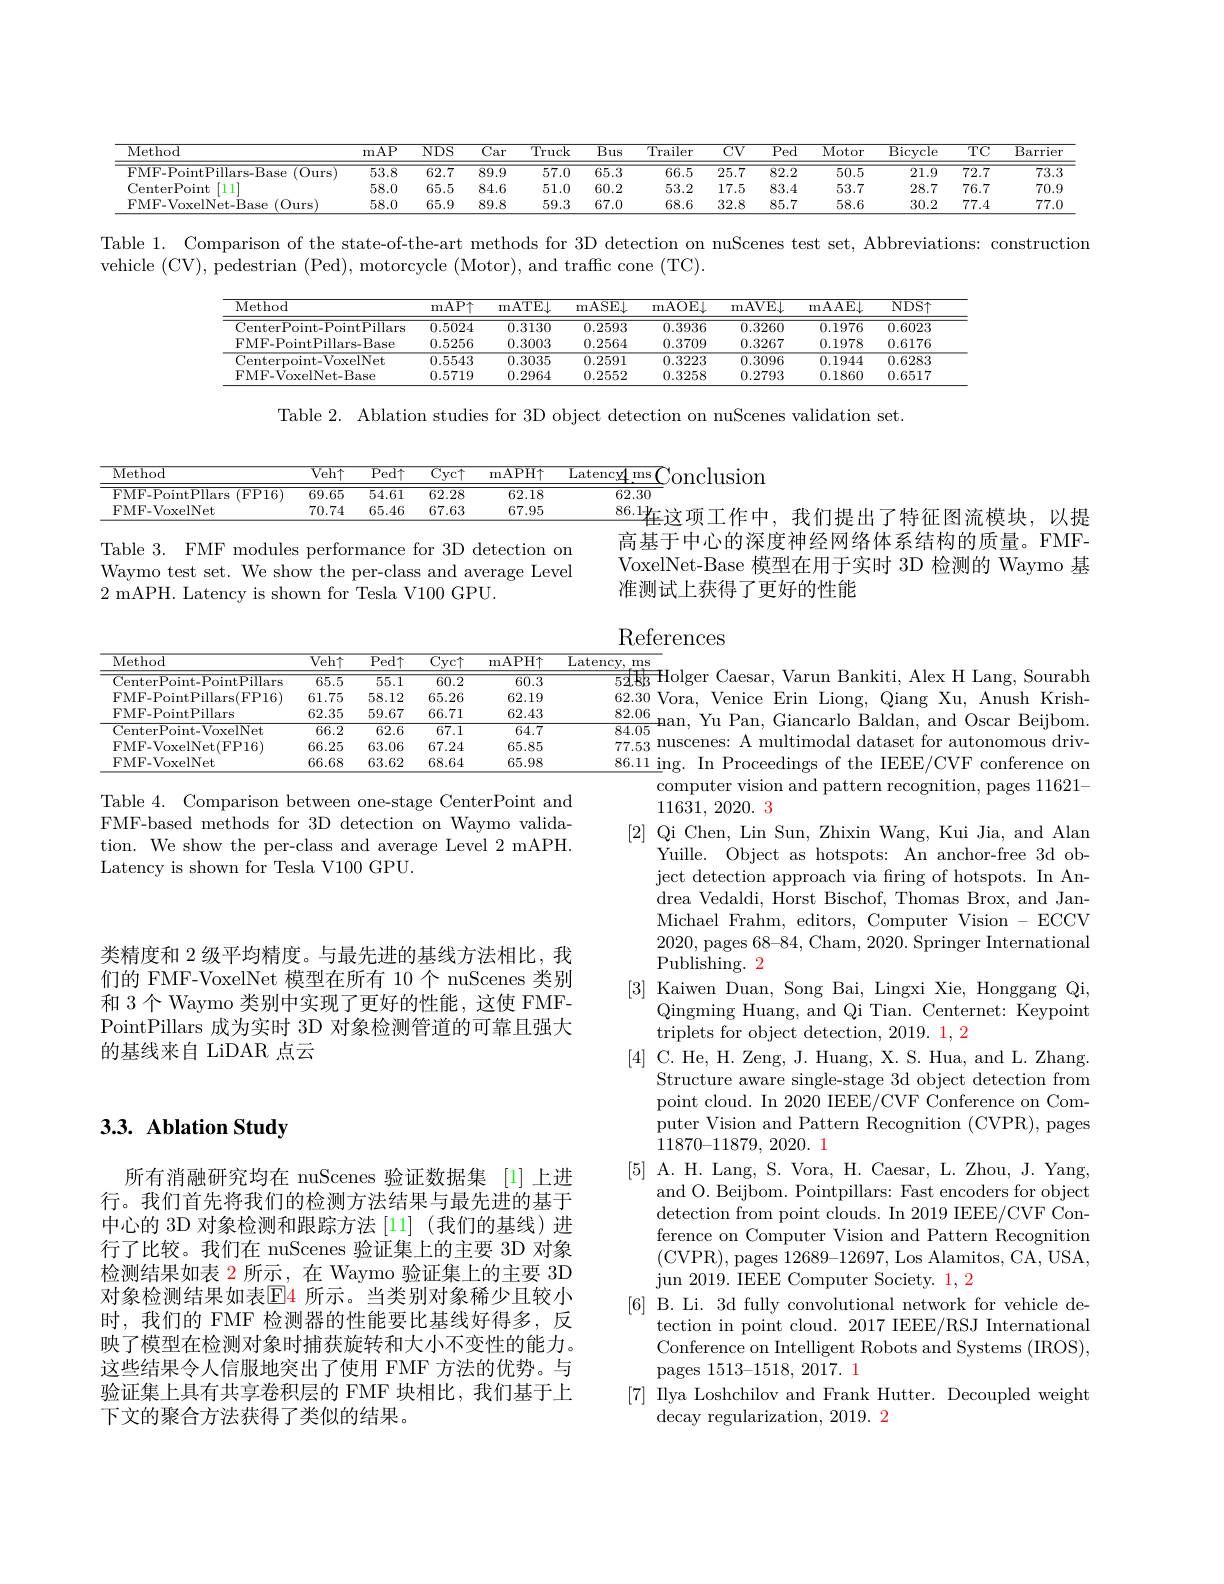
<table>
	<tbody>
		<tr>
			<th>Method</th>
			<th>mAP</th>
			<th>$NDS$</th>
			<th>$\overline{\text{Car}}$</th>
			<th>$\overline{\mathrm{Truck}}$</th>
			<th>Bus $\overline{\mathrm{T}}$</th>
			<th>$\overline{CV}$</th>
			<th>$\overline{\mathrm{Ped}}$</th>
			<th>Motor</th>
			<th>$\overline{{\mathrm{Bicycle}}}$</th>
			<th>$\overline{\mathrm{TC}}$</th>
			<th>$\overline{{\text{Barrier}}}$</th>
		</tr>
		<tr>
			<td>FMF-PointPillars-Base (0urs)</td>
			<td>53.8</td>
			<td>62.7</td>
			<td>89.9</td>
			<td>57.0</td>
			<td>$\overline{\text{ز}5.3}$</td>
			<td>25.7</td>
			<td>82.2</td>
			<td>50.5</td>
			<td>21.9</td>
			<td>72.7</td>
			<td>$\overline{73.3}$</td>
		</tr>
		<tr>
			<td>CenterPoint $[111^{\prime}]$</td>
			<td>58.0</td>
			<td>65.5</td>
			<td>84.6</td>
			<td>51.0</td>
			<td>j0. 2</td>
			<td>17.5</td>
			<td>83.4</td>
			<td>53.7</td>
			<td>28.7</td>
			<td>76.7</td>
			<td>70.9</td>
		</tr>
		<tr>
			<td>FMF-VoxelNet-Base $(0_{\mathrm{urs}})$</td>
			<td>58.0</td>
			<td>65.9</td>
			<td>89.8</td>
			<td>59.3</td>
			<td>$j7.0$</td>
			<td>32.8</td>
			<td>85.7</td>
			<td>58.6</td>
			<td>30.2</td>
			<td>77.4</td>
			<td>77.0</td>
		</tr>
	</tbody>
</table>

Table 1. Comparison of the state-of-the-art methods for 3D detection on nuScenes test set, Abbreviations: construction

vehicle (CV), pedestrian (Ped),motorcycle (Motor),and traffc cone (TC).

<table>
	<tbody>
		<tr>
			<th> </th>
			<th>Method</th>
			<th>${\overline{\mathrm{mAP}\uparrow}}$</th>
			<th>$\overline{\mathrm{mATE\bot}}$</th>
			<th>${\overline{{\mathrm{nASE}}}}$</th>
			<th>$\overline{\mathrm{mAOE\bot}}$</th>
			<th>mAVE</th>
			<th>$\overline{\mathrm{VE}\downarrow}$ m</th>
			<th>$\overline{\mathrm{NDS}\uparrow}$</th>
			<th>十</th>
		</tr>
		<tr>
			<td> </td>
			<td>$\overline{\mathrm{CenterPoint-PointPillars}}$</td>
			<td>0.5024</td>
			<td>0.3130</td>
			<td>0.2593</td>
			<td>0.3936</td>
			<td>0.326</td>
			<td>3260</td>
			<td>0.6023</td>
			<td>3</td>
		</tr>
		<tr>
			<td> </td>
			<td>FMF-PointPillars-Base</td>
			<td>0.5256</td>
			<td>0.3003</td>
			<td>0.2564</td>
			<td>0.3709</td>
			<td>0.326</td>
			<td>3267</td>
			<td>0.6176</td>
			<td>6</td>
		</tr>
		<tr>
			<td> </td>
			<td>Centerpoint-VoxelNet</td>
			<td>0.5543</td>
			<td>0.3035</td>
			<td>0.2591</td>
			<td>0.3223</td>
			<td>0.309</td>
			<td>3096</td>
			<td>0.6283</td>
			<td>$\overline{3}$</td>
		</tr>
		<tr>
			<td> </td>
			<td>FMF-VoxelNet-Base</td>
			<td>0.5719</td>
			<td>0.2964</td>
			<td>0.2552</td>
			<td>0.3258</td>
			<td>0.279</td>
			<td>2793</td>
			<td>0.6517</td>
			<td>7</td>
		</tr>
	</tbody>
</table>

Table 2. Ablation studies for 3D object detection on nuScenes validation set.

<table>
	<tbody>
		<tr>
			<th>Method</th>
			<th>$\overline{\text{Veh}\uparrow}$</th>
			<th>$\overline{\mathrm{Ped}\uparrow}$</th>
			<th>$\overline{\mathrm{Cyc}\uparrow}$</th>
			<th>${\mathrm{mAPH}\uparrow}$</th>
			<th>Latency ms</th>
		</tr>
		<tr>
			<td>$\overline{{\mathrm{FMF-PointPllars}}}$ $\overline{(\mathrm{FP16})}$</td>
			<td>69.65</td>
			<td>54.61</td>
			<td>62.28</td>
			<td>62.18</td>
			<td>62.30</td>
		</tr>
		<tr>
			<td>FMF-VoxelNet</td>
			<td>70.74</td>
			<td>65.46</td>
			<td>67.63</td>
			<td>67.95</td>
			<td>86.14 面下作</td>
		</tr>
	</tbody>
</table>

我们提出了特征图流模块.以摄
高基于中心的深度神经网络体系结构的质量。FMFVoxelNet-Base 模型在用于实时 3D 检测的 Waymo 基准测试上获得了更好的性能

Table 3. FMF modules performance for 3D detection on Waymo test set. We show the per-class and average Level 2 mAPH. Latency is shown for Tesla V100 GPU.

# References
<table>
	<tbody>
		<tr>
			<th>$\overline{\mathrm{Method}}$</th>
			<th>$\overline{\text{Veh}\uparrow}$</th>
			<th>$\overline{\mathrm{Ped}\uparrow}$</th>
			<th>$\overline{\mathrm{Cyc}\uparrow}$</th>
			<th>${\mathrm{mAPH}}\uparrow$</th>
			<th>Latency, ms</th>
		</tr>
		<tr>
			<td>$\overline{\mathrm{CenterPoint-PointPillars}}$</td>
			<td>$\overline{65.5}$</td>
			<td>55.1</td>
			<td>60.2</td>
			<td>60.3</td>
			<td>52.83 0lger</td>
		</tr>
		<tr>
			<td>FMF-PointPillars(FP16)</td>
			<td>61.75</td>
			<td>58.12</td>
			<td>65.26</td>
			<td>62.19</td>
			<td>$Vora$, VeI 62.30</td>
		</tr>
		<tr>
			<td>FMF-PointPillars</td>
			<td>62.35</td>
			<td>59.67</td>
			<td>66.71</td>
			<td>62.43</td>
			<td>82.06</td>
		</tr>
		<tr>
			<td>$\overline{\mathrm{CenterPoint-VoxelNet}}$</td>
			<td>66.2</td>
			<td>62.6</td>
			<td>67.1</td>
			<td>64.7</td>
			<td>84.05</td>
		</tr>
		<tr>
			<td>FMF-VoxelNet(FP16)</td>
			<td>66.25</td>
			<td>63.06</td>
			<td>67.24</td>
			<td>65.85</td>
			<td>nuscenes: 77.53</td>
		</tr>
		<tr>
			<td>FMF-VoxelNet</td>
			<td>66.68</td>
			<td>63.62</td>
			<td>68.64</td>
			<td>65.98</td>
			<td>86.11 ing In 1.</td>
		</tr>
	</tbody>
</table>

Table 4. Comparison between one-stage CenterPoint and FMF-based methods for 3D detection on Waymo validation. We show the per-class and average Level 2 mAPH. Latency is shown for Tesla V100 GPU.

类精度和 2 级平均精度。与最先进的基线方法相比，我们的 FMF-VoxelNet 模型在所有 10 个 nuScenes 类别和 3 个 Waymo 类别中实现了更好的性能，这使 FMFPointPillars 成为实时 3D 对象检测管道的可靠且强大的基线来自 LiDAR 点云

Varun Bankiti, Alex H Lang, Sourabh Erin Liong, Qiang Xu, Anush KrishGiancarlo Baldan, and Oscar Beijbom
A multimodal dataset for autonomous drivProceedings of the IEEE/CVF conference or
computer vision and pattern recognition, pages 11621-
11631,2020.3
[2] Qi Chen, Lin Sun, Zhixin Wang, Kui Jia, and Alan
Yuille. Object as hotspots: An anchor-free 3d object detection approach via fring of hotspots. In Andrea Vedaldi, Horst Bischof, Thomas Brox, and JanMichael Frahm, editors, Computer Vision - ECCV 2020, pages 68-84, Cham, 2020. Springer International Publishing. 2
[3] Kaiwen Duan, Song Bai, Lingxi Xie, Honggang Qi,
Qingming Huang, and Qi Tian. Centernet: Keypoint
triplets for object detection, 2019. 1, 2
[4] C. He, H. Zeng, J. Huang, X. S. Hua, and L. Zhang.
Structure aware single-stage 3d object detection from point cloud. In 2020 IEEE/CVF Conference on Computer Vision and Pattern Recognition (CVPR), pages 11870-11879,2020.1
[5] A. H. Lang, S. Vora, H. Caesar, L. Zhou, J. Yang,
and O. Beijbom. Pointpillars: Fast encoders for object detection from point clouds. In 2019 IEEE/CVF Conference on Computer Vision and Pattern Recognition (CVPR),pages 12689-12697,Los Alamitos, CA, USA, jun 2019. IEEE Computer Society. $\color{#c000}{1,2}$
[6] B. Li. 3d fully convolutional network for vehicle de-
tection in point cloud. 2017 IEEE/RSJ International Conference on Intelligent Robots and Systems (IROS), pages 1513-1518, 2017. 1
[7] IIya Loshchilov and Frank Hutter. Decoupled weight
decay regularization, 2019. 2

## 3.3. Ablation Study

所有消融研究均在 nuScenes 验证数据集 [1]上进行。我们首先将我们的检测方法结果与最先进的基于中心的 3D 对象检测和跟踪方法[11] (我们的基线)进行了比较。我们在 nuScenes 验证集上的主要 3D 对象检测结果如表 2 所示，在 Waymo 验证集上的主要 3D 对象检测结果如表$\mathbb{E}$4 所示。当类别对象稀少且较小时，我们的 FMF 检测器的性能要比基线好得多，反映了模型在检测对象时捕获旋转和大小不变性的能力。这些结果令人信服地突出了使用 FMF 方法的优势。与验证集上具有共享卷积层的 FMF 块相比，我们基于上下文的聚合方法获得了类似的结果。